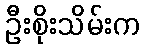
ဦးစိုးသိမ်းက